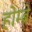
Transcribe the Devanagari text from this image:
होम्ब्रे